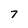
Character: 7